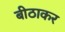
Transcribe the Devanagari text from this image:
बीठाकर